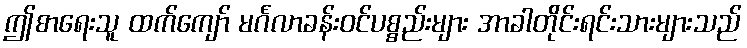
ဤစာရေးသူ ထက်ကျော် မင်္ဂလာခန်းဝင်ပစ္စည်းများ အာခါတိုင်းရင်းသားများသည်